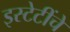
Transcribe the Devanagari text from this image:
इस्टेटींचें